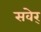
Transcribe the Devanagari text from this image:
सवेर्